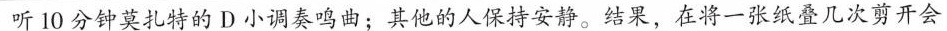
听10分钟莫扎特的D小调奏鸣动；其池的人保讨安神。结果，在将一张纸叠几次剪开会